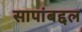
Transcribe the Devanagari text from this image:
सापांबद्दल